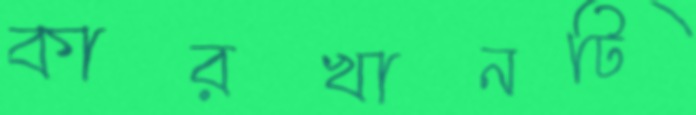
কারখানটি